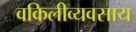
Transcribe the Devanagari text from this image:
वकिलीव्यवसाय